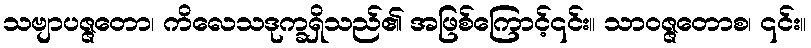
သဗျာပဇ္ဇတော၊ ကိလေသဒုက္ခရှိသည်၏ အဖြစ်ကြောင့်၎င်း။ သာဝဇ္ဇတောစ၊ ၎င်း။